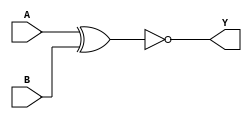
/*
 * Copyright 2020 The SkyWater PDK Authors
 *
 * Licensed under the Apache License, Version 2.0 (the "License");
 * you may not use this file except in compliance with the License.
 * You may obtain a copy of the License at
 *
 *     https://www.apache.org/licenses/LICENSE-2.0
 *
 * Unless required by applicable law or agreed to in writing, software
 * distributed under the License is distributed on an "AS IS" BASIS,
 * WITHOUT WARRANTIES OR CONDITIONS OF ANY KIND, either express or implied.
 * See the License for the specific language governing permissions and
 * limitations under the License.
 *
 * SPDX-License-Identifier: Apache-2.0
*/


`ifndef SKY130_FD_SC_HVL__XNOR2_FUNCTIONAL_V
`define SKY130_FD_SC_HVL__XNOR2_FUNCTIONAL_V

/**
 * xnor2: 2-input exclusive NOR.
 *
 *        Y = !(A ^ B)
 *
 * Verilog simulation functional model.
 */

`timescale 1ns / 1ps
`default_nettype none

`celldefine
module sky130_fd_sc_hvl__xnor2 (
    Y,
    A,
    B
);

    // Module ports
    output Y;
    input  A;
    input  B;

    // Local signals
    wire xnor0_out_Y;

    //   Name   Output       Other arguments
    xnor xnor0 (xnor0_out_Y, A, B           );
    buf  buf0  (Y          , xnor0_out_Y    );

endmodule
`endcelldefine

`default_nettype wire
`endif  // SKY130_FD_SC_HVL__XNOR2_FUNCTIONAL_V